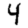
Digit: 4